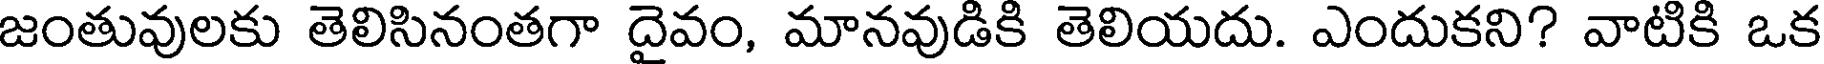
జంతువులకు తెలిసినంతగా దైవం, మానవుడికి తెలియదు. ఎందుకని? వాటికి ఒక